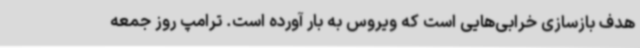
هدف بازسازی خرابی‌هایی است که ویروس به بار آورده است. ترامپ روز جمعه